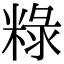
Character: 粶